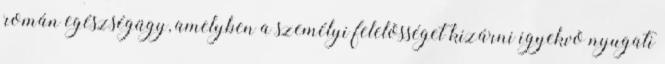
román egészségügy, amelyben a személyi felelõsséget kizárni igyekvõ nyugati